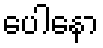
ပေါနော